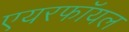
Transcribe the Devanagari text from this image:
एयरफॉयल